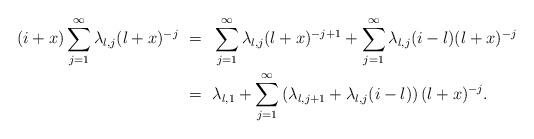
LaTeX: \begin{align*}(i +x) \sum_{j=1}^{\infty} \lambda_{l,j} (l+x)^{-j} \ = \ \ & \sum_{j=1}^{\infty} \lambda_{l,j} (l+x)^{-j+1} + \sum_{j=1}^{\infty} \lambda_{l,j} (i - l) (l+x)^{-j} \\ \ = \ \ & \lambda_{l,1} + \sum_{j=1}^{\infty} \left( \lambda_{l,j+1} + \lambda_{l,j}(i - l) \right) (l+x)^{-j}. \end{align*}